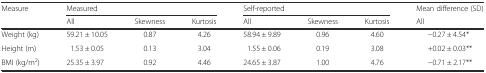
<table><thead><tr><td rowspan="2"><b>Measure</b></td><td colspan="3"><b>Measured</b></td><td colspan="3"><b>Self-reported</b></td><td><b>Mean difference (SD)</b></td></tr><tr><td><b>All</b></td><td><b>Skewness</b></td><td><b>Kurtosis</b></td><td><b>All</b></td><td><b>Skewness</b></td><td><b>Kurtosis</b></td><td><b>All</b></td></tr></thead><tbody><tr><td>Weight (kg)</td><td>59.21 ± 10.05</td><td>0.87</td><td>4.26</td><td>58.94 ± 9.89</td><td>0.96</td><td>4.60</td><td>−0.27 ± 4.54*</td></tr><tr><td>Height (m)</td><td>1.53 ± 0.05</td><td>0.13</td><td>3.04</td><td>1.55 ± 0.06</td><td>0.19</td><td>3.08</td><td>+0.02 ± 0.03**</td></tr><tr><td>BMI (kg/m<sup>2</sup>)</td><td>25.35 ± 3.97</td><td>0.92</td><td>4.46</td><td>24.65 ± 3.87</td><td>1.00</td><td>4.76</td><td>−0.71 ± 2.17**</td></tr></tbody></table>